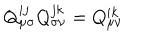
Q _ { \mu \sigma } ^ { i j } Q _ { \sigma \nu } ^ { j k } = Q _ { \mu \nu } ^ { i k }